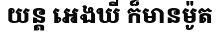
យន្ត អេងឃី ក៏មានម៉ូត